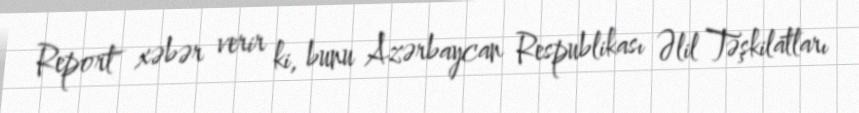
Report" xəbər verir ki, bunu Azərbaycan Respublikası Əlil Təşkilatları